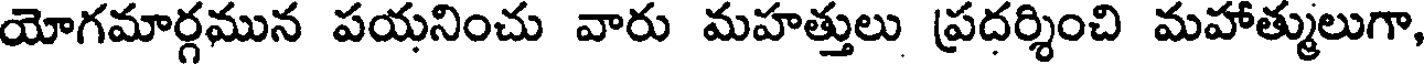
యోగమార్గమున పయనించు వారు మహత్తులు ప్రదర్శించి మహాత్ములుగా,